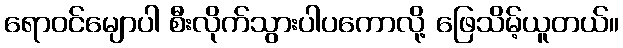
ရောဝင်မျောပါ စီးလိုက်သွားပါပကောလို့ ဖြေသိမ့်ယူတယ်။